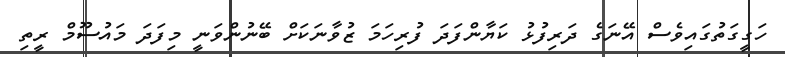
ހަގީގަތުގައިވެސް އޭނަގެ ދަރިފުޅު ކަޔާންފަދަ ފުރިހަމަ ޒުވާނަކަށް ބޭނުންވަނީ މިފަދަ މައުސޫމް ރީތި